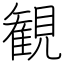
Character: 観